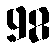
98